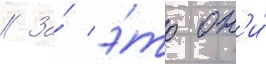
// За́ э́то он'и́